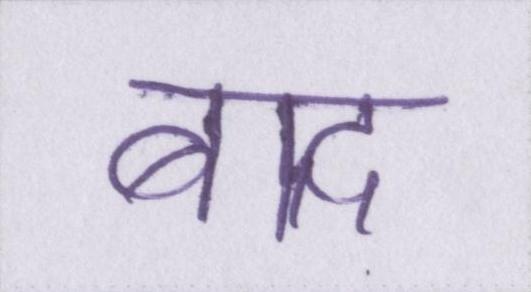
बाद